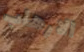
الارهاب